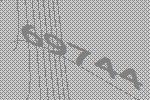
69744